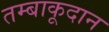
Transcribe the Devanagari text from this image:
तम्बाकूदान